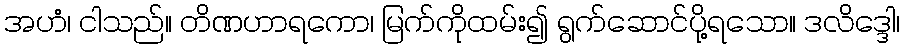
အဟံ၊ ငါသည်။ တိဏဟာရကော၊ မြက်ကိုထမ်း၍ ရွက်ဆောင်ပို့ရသော။ ဒလိဒ္ဒေါ၊